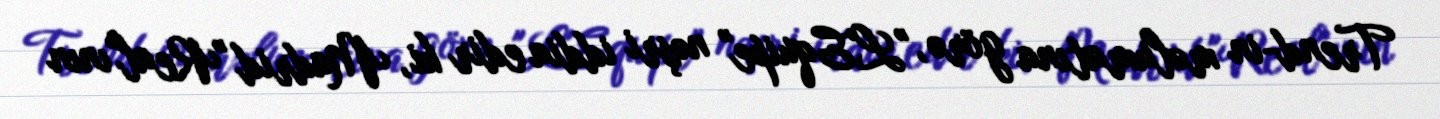
Trend-in məlumatına görə, "L'Equipe" nəşri iddia edir ki, Madrid "Real"ının